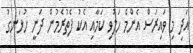
އަދި މި ވައިރަސް އެންމެ ހަލުވި ކަމާއި އެކު ފެތުރެމުން ދަނީ ހުޅަނގު